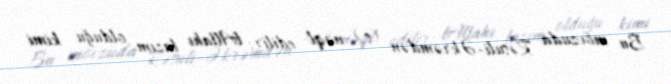
Bu mövzuda Rəsuli-Əkrəmdən (s) nəql edilir: lAllahı lazım olduğu kimi